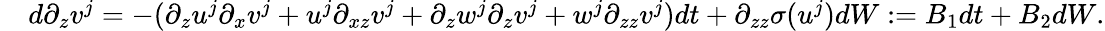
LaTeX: \begin{array}{rl}&{d\partial_{z}v^{j}=-(\partial_{z}u^{j}\partial_{x}v^{j}+u^{j}\partial_{xz}v^{j}+\partial_{z}w^{j}\partial_{z}v^{j}+w^{j}\partial_{zz}v^{j})dt+\partial_{zz}\sigma(u^{j})dW:=B_{1}dt+B_{2}dW.}\end{array}